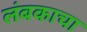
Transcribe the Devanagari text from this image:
लंबकाचा